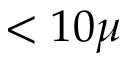
< 1 0 \mu